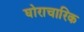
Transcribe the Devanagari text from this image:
घोराचारिक